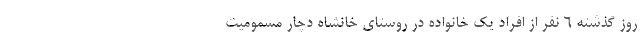
روز گذشته ۶ نفر از افراد یک خانواده در روستای خانشاه دچار مسمومیت